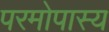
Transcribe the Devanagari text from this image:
परमोपास्य